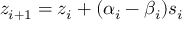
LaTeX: z _ { i + 1 } = z _ { i } + ( \alpha _ { i } - \beta _ { i } ) s _ { i }